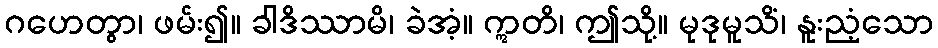
ဂဟေတွာ၊ ဖမ်း၍။ ခါဒိဿာမိ၊ ခဲအံ့။ ဣတိ၊ ဤသို့။ မုဒုမူသိံ၊ နူးညံ့သော